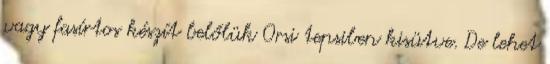
vagy fasírtos készít belőlük Orsi tepsiben kisütve. De lehet